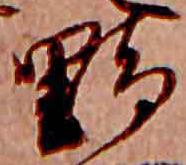
野